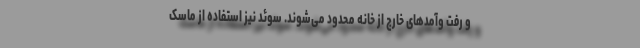
و رفت و‌آمدهای خارج از خانه محدود می‌شوند. سوئد نیز استفاده از ماسک